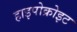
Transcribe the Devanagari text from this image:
हाइपोक्रोइट